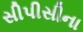
સીપીસીના